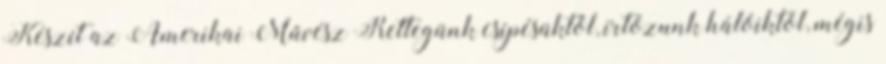
Készít az Amerikai Művész Rettegünk csípésüktől, irtózunk hálóiktól, mégis